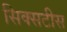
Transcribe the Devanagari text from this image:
सिक्सटीस